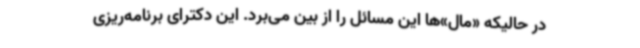
در حالیکه «مال»‌ها این مسائل را از بین می‌برد. این دکترای برنامه‌ریزی